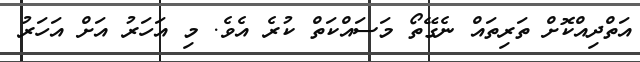
އަތްދިއްކޮށް ތަރިތައް ނެގޭތޯ މަސައްކަތް ކުރެ އެވެ. މި އަހަރު އަށް އަހަރު